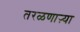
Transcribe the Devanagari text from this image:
तरळणाऱ्या